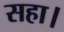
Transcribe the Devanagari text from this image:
सहा।